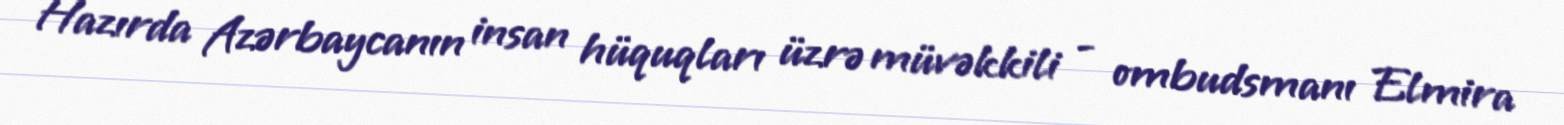
Hazırda Azərbaycanın insan hüquqları üzrə müvəkkili - ombudsmanı Elmira